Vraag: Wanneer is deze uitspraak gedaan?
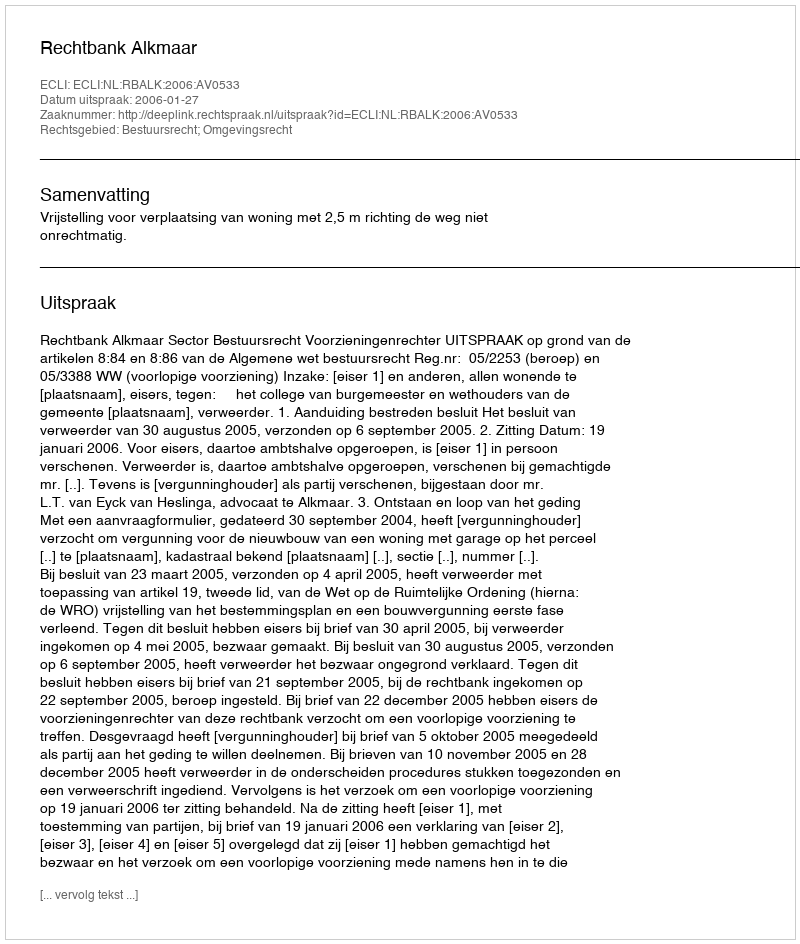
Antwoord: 2006-01-27